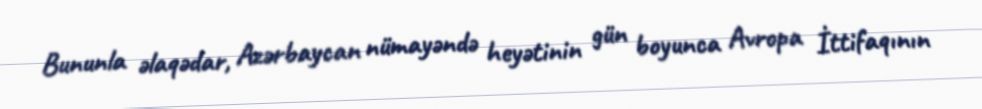
Bununla əlaqədar, Azərbaycan nümayəndə heyətinin gün boyunca Avropa İttifaqının